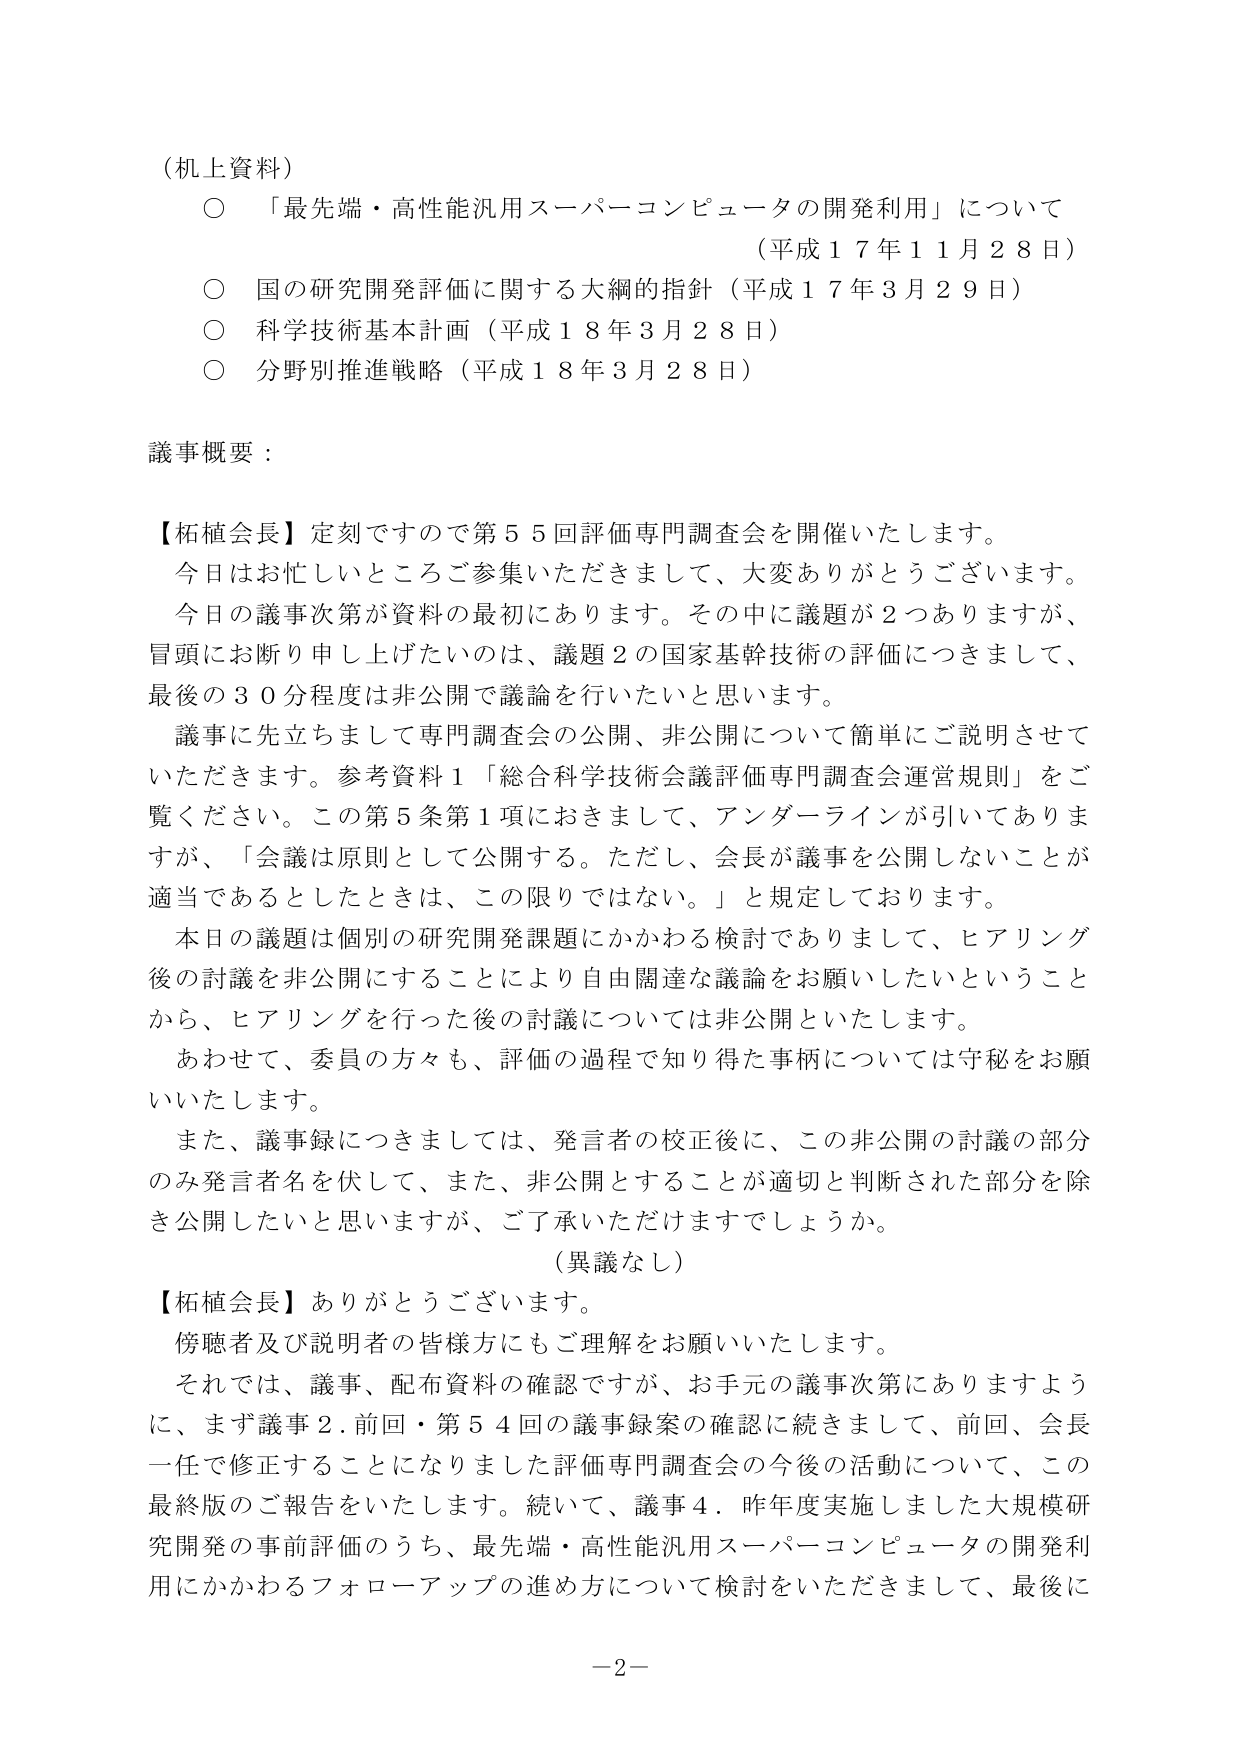
（机上資料）

○ 「最先端・高性能汎用スーパーコンピュータの開発利用」について
（平成１７年１１月２８日）

○ 国の研究開発評価に関する大綱的指針（平成１７年３月２９日）

○ 科学技術基本計画（平成１８年３月２８日）

○ 分野別推進戦略（平成１８年３月２８日）

議事概要：

【柘植会長】定刻ですので第５５回評価専門調査会を開催いたします。
今日はお忙しいところご参集いただきまして、大変ありがとうございます。
今日の議事次第が資料の最初にあります。その中に議題が２つありますが、
冒頭にお断り申し上げたいのは、議題２の国家基幹技術の評価につきまして、
最後の３０分程度は非公開で議論を行いたいと思います。

議事に先立ちまして専門調査会の公開、非公開について簡単にご説明させて
いただきます。参考資料１「総合科学技術会議評価専門調査会運営規則」をご
覧ください。この第５条第１項におきまして、アンダーラインが引いてありま
すが、「会議は原則として公開する。ただし、会長が議事を公開しないことが
適当であるとしたときは、この限りではない。」と規定しております。

本日の議題は個別の研究開発課題にかかわる検討でありまして、ヒアリング
後の討議を非公開にすることにより自由闊達な議論をお願いしたいということ
から、ヒアリングを行った後の討議については非公開といたします。

あわせて、委員の方々も、評価の過程で知り得た事柄については守秘をお願
いいたします。

また、議事録につきましては、発言者の校正後に、この非公開の討議の部分
のみ発言者名を伏して、また、非公開とすることが適切と判断された部分を除
き公開したいと思いますが、ご了承いただけますでしょうか。

（異議なし）

【柘植会長】ありがとうございます。
傍聴者及び説明者の皆様方にもご理解をお願いいたします。

それでは、議事、配布資料の確認ですが、お手元の議事次第にありますよう
に、まず議事２．前回・第５４回の議事録案の確認に続きまして、前回、会長
一任で修正することになりました評価専門調査会の今後の活動について、この
最終版のご報告をいたします。続いて、議事４．昨年度実施しました大規模研
究開発の事前評価のうち、最先端・高性能汎用スーパーコンピュータの開発利
用にかかわるフォローアップの進め方について検討をいただきまして、最後に

－2－